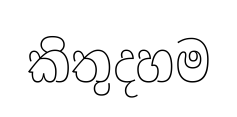
කිතුදහම